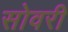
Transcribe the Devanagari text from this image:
सोवरी